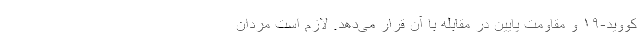
کووید-۱۹ و مقاومت پایین در مقابله با آن قرار می‌دهد. لازم است مردان